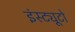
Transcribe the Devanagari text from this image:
इंस्ट्यूटो